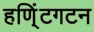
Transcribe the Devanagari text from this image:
हणि्ंटगटन